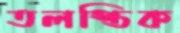
তলস্তিক